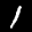
Label: 1